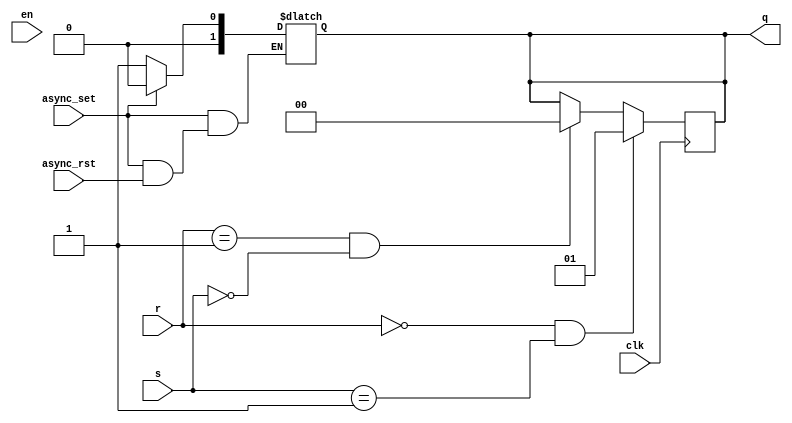
module SRFF_4b_reg(async_set,async_rst,en,clk,s,r,q);
    input async_set,async_rst;
    input clk ,en;
    input [1:0] r,s;
    output [1:0] q;
    reg [1:0] q;
    always @(async_set or async_rst) begin
        if (async_set == 0)
        q = 1'b1;
        else if(async_rst == 0)
        q = 1'b0;
    end
    always @(posedge clk) begin
        if (r == 0 & s == 1)
        q = 1;
        else if(r == 1 & s == 0)
        q = 0;
        else if(r == 1 & s == 1)
        $display("Hazard, r and s can't be 1 in the same time");
    end
endmodule